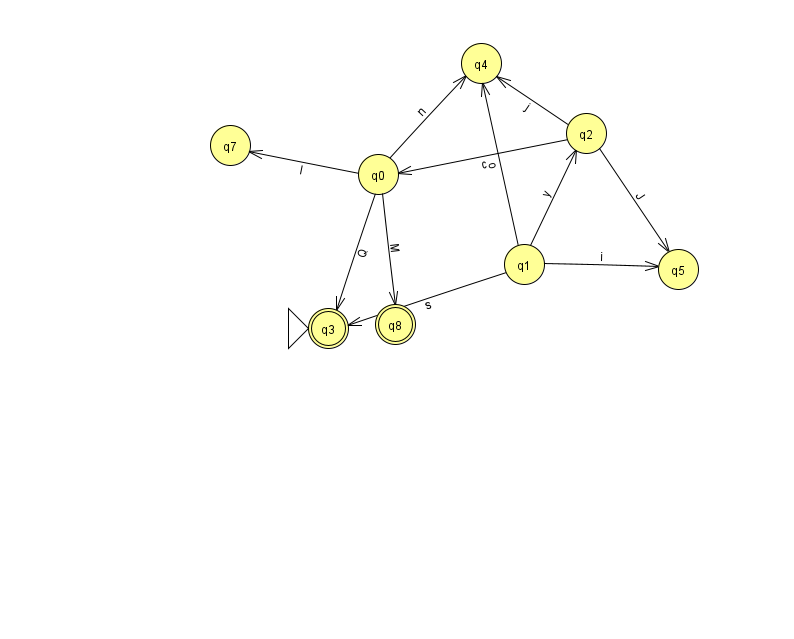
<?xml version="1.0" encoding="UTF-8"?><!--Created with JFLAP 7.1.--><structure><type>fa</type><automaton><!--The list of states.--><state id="0" name="q0"><x>378.0</x><y>161.0</y></state><state id="1" name="q1"><x>524.0</x><y>251.0</y></state><state id="2" name="q2"><x>586.0</x><y>120.0</y></state><state id="3" name="q3"><x>328.0</x><y>315.0</y><initial/><final/></state><state id="4" name="q4"><x>481.0</x><y>50.0</y></state><state id="5" name="q5"><x>678.0</x><y>256.0</y></state><state id="7" name="q7"><x>230.0</x><y>132.0</y></state><state id="8" name="q8"><x>395.0</x><y>311.0</y><final/></state><!--The list of transitions.--><transition><from>0</from><to>8</to><read>M</read></transition><transition><from>2</from><to>4</to><read>j</read></transition><transition><from>1</from><to>2</to><read>y</read></transition><transition><from>0</from><to>3</to><read>Q</read></transition><transition><from>1</from><to>3</to><read>s</read></transition><transition><from>0</from><to>7</to><read>I</read></transition><transition><from>1</from><to>5</to><read>i</read></transition><transition><from>2</from><to>0</to><read>c</read></transition><transition><from>0</from><to>4</to><read>n</read></transition><transition><from>1</from><to>4</to><read>o</read></transition><transition><from>2</from><to>5</to><read>J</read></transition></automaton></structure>